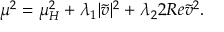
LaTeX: \mu ^ { 2 } = \mu _ { H } ^ { 2 } + \lambda _ { 1 } | \tilde { v } | ^ { 2 } + \lambda _ { 2 } 2 R e \tilde { v } ^ { 2 } .